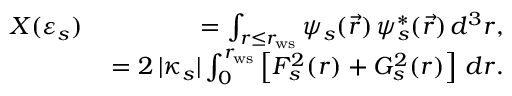
\begin{array} { r l r } & { X ( \varepsilon _ { s } ) \, } & { = \int _ { r \le r _ { \mathrm { w s } } } \psi _ { s } ( \vec { r } ) \, \psi _ { s } ^ { * } ( \vec { r } ) \, d ^ { 3 } r , } \\ & { } & { = 2 \, | \kappa _ { s } | \int _ { 0 } ^ { r _ { \mathrm { w s } } } \left[ F _ { s } ^ { 2 } ( r ) + G _ { s } ^ { 2 } ( r ) \right] \, d r . } \end{array}